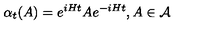
\alpha _ { t } ( A ) = e ^ { i H t } A e ^ { - i H t } , A \in \mathcal { A }